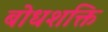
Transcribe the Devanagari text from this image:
बोधशक्ति